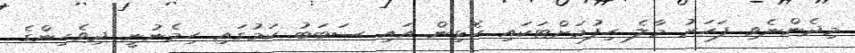
މިދެންނެވި ފަހަރު މާލެ ހިފުމަށްޓަކައި ހޮޅިން އައި ސަބަބު ކަމުގައި ހިމެނުނީ ދިވެހިންގެ